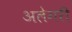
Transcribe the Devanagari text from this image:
अलेगरी